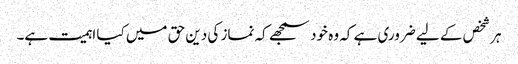
ہر شخص کے لیے ضروری ہے کہ وہ خود سمجھے کہ نماز کی دین حق میں کیا اہمیت ہے۔